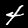
Digit: 4